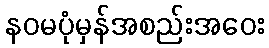
နဝမပုံမှန်အစည်းအဝေး